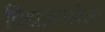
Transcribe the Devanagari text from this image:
विद्याशाखेला